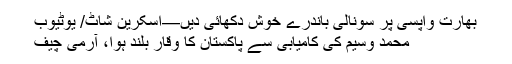
بھارت واپسی پر سونالی باندرے خوش دکھائی دیں—اسکرین شاٹ/ یوٹیوب
محمد وسیم کی کامیابی سے پاکستان کا وقار بلند ہوا، آرمی چیف